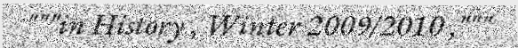
"""in History , Winter 2009/2010 ,"""